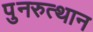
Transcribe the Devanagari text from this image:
पुनरुत्‍थान